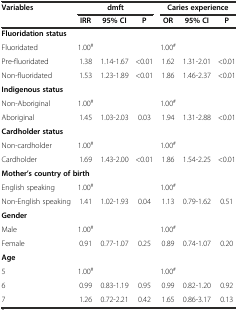
<table><thead><tr><td><b>Variables</b></td><td colspan="3"><b>dmft</b></td><td colspan="3"><b>Caries experience</b></td></tr><tr><td></td><td><b>IRR</b></td><td><b>95% CI</b></td><td><b>P</b></td><td><b>OR</b></td><td><b>95% CI</b></td><td><b>P</b></td></tr></thead><tbody><tr><td><b>Fluoridation status</b></td><td></td><td></td><td></td><td></td><td></td><td></td></tr><tr><td>Fluoridated</td><td>1.00<sup>#</sup></td><td></td><td></td><td>1.00<sup>#</sup></td><td></td><td></td></tr><tr><td>Pre-fluoridated</td><td>1.38</td><td>1.14-1.67</td><td>&lt;0.01</td><td>1.62</td><td>1.31-2.01</td><td>&lt;0.01</td></tr><tr><td>Non-fluoridated</td><td>1.53</td><td>1.23-1.89</td><td>&lt;0.01</td><td>1.86</td><td>1.46-2.37</td><td>&lt;0.01</td></tr><tr><td><b>Indigenous status</b></td><td></td><td></td><td></td><td></td><td></td><td></td></tr><tr><td>Non-Aboriginal</td><td>1.00<sup>#</sup></td><td></td><td></td><td>1.00<sup>#</sup></td><td></td><td></td></tr><tr><td>Aboriginal</td><td>1.45</td><td>1.03-2.03</td><td>0.03</td><td>1.94</td><td>1.31-2.88</td><td>&lt;0.01</td></tr><tr><td><b>Cardholder status</b></td><td></td><td></td><td></td><td></td><td></td><td></td></tr><tr><td>Non-cardholder</td><td>1.00<sup>#</sup></td><td></td><td></td><td>1.00<sup>#</sup></td><td></td><td></td></tr><tr><td>Cardholder</td><td>1.69</td><td>1.43-2.00</td><td>&lt;0.01</td><td>1.86</td><td>1.54-2.25</td><td>&lt;0.01</td></tr><tr><td colspan="2"><b>Mother’s country of birth</b></td><td></td><td></td><td></td><td></td><td></td></tr><tr><td>English speaking</td><td>1.00<sup>#</sup></td><td></td><td></td><td>1.00<sup>#</sup></td><td></td><td></td></tr><tr><td>Non-English speaking</td><td>1.41</td><td>1.02-1.93</td><td>0.04</td><td>1.13</td><td>0.79-1.62</td><td>0.51</td></tr><tr><td><b>Gender</b></td><td></td><td></td><td></td><td></td><td></td><td></td></tr><tr><td>Male</td><td>1.00<sup>#</sup></td><td></td><td></td><td>1.00<sup>#</sup></td><td></td><td></td></tr><tr><td>Female</td><td>0.91</td><td>0.77-1.07</td><td>0.25</td><td>0.89</td><td>0.74-1.07</td><td>0.20</td></tr><tr><td><b>Age</b></td><td></td><td></td><td></td><td></td><td></td><td></td></tr><tr><td>5</td><td>1.00<sup>#</sup></td><td></td><td></td><td>1.00<sup>#</sup></td><td></td><td></td></tr><tr><td>6</td><td>0.99</td><td>0.83-1.19</td><td>0.95</td><td>0.99</td><td>0.82-1.20</td><td>0.92</td></tr><tr><td>7</td><td>1.26</td><td>0.72-2.21</td><td>0.42</td><td>1.65</td><td>0.86-3.17</td><td>0.13</td></tr></tbody></table>